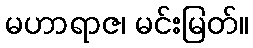
မဟာရာဇ၊ မင်းမြတ်။